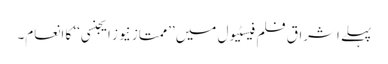
پہلے اشراق فلم فیسٹیول میں ’’ممتاز نیوز ایجنسی‘‘ کا انعام۔